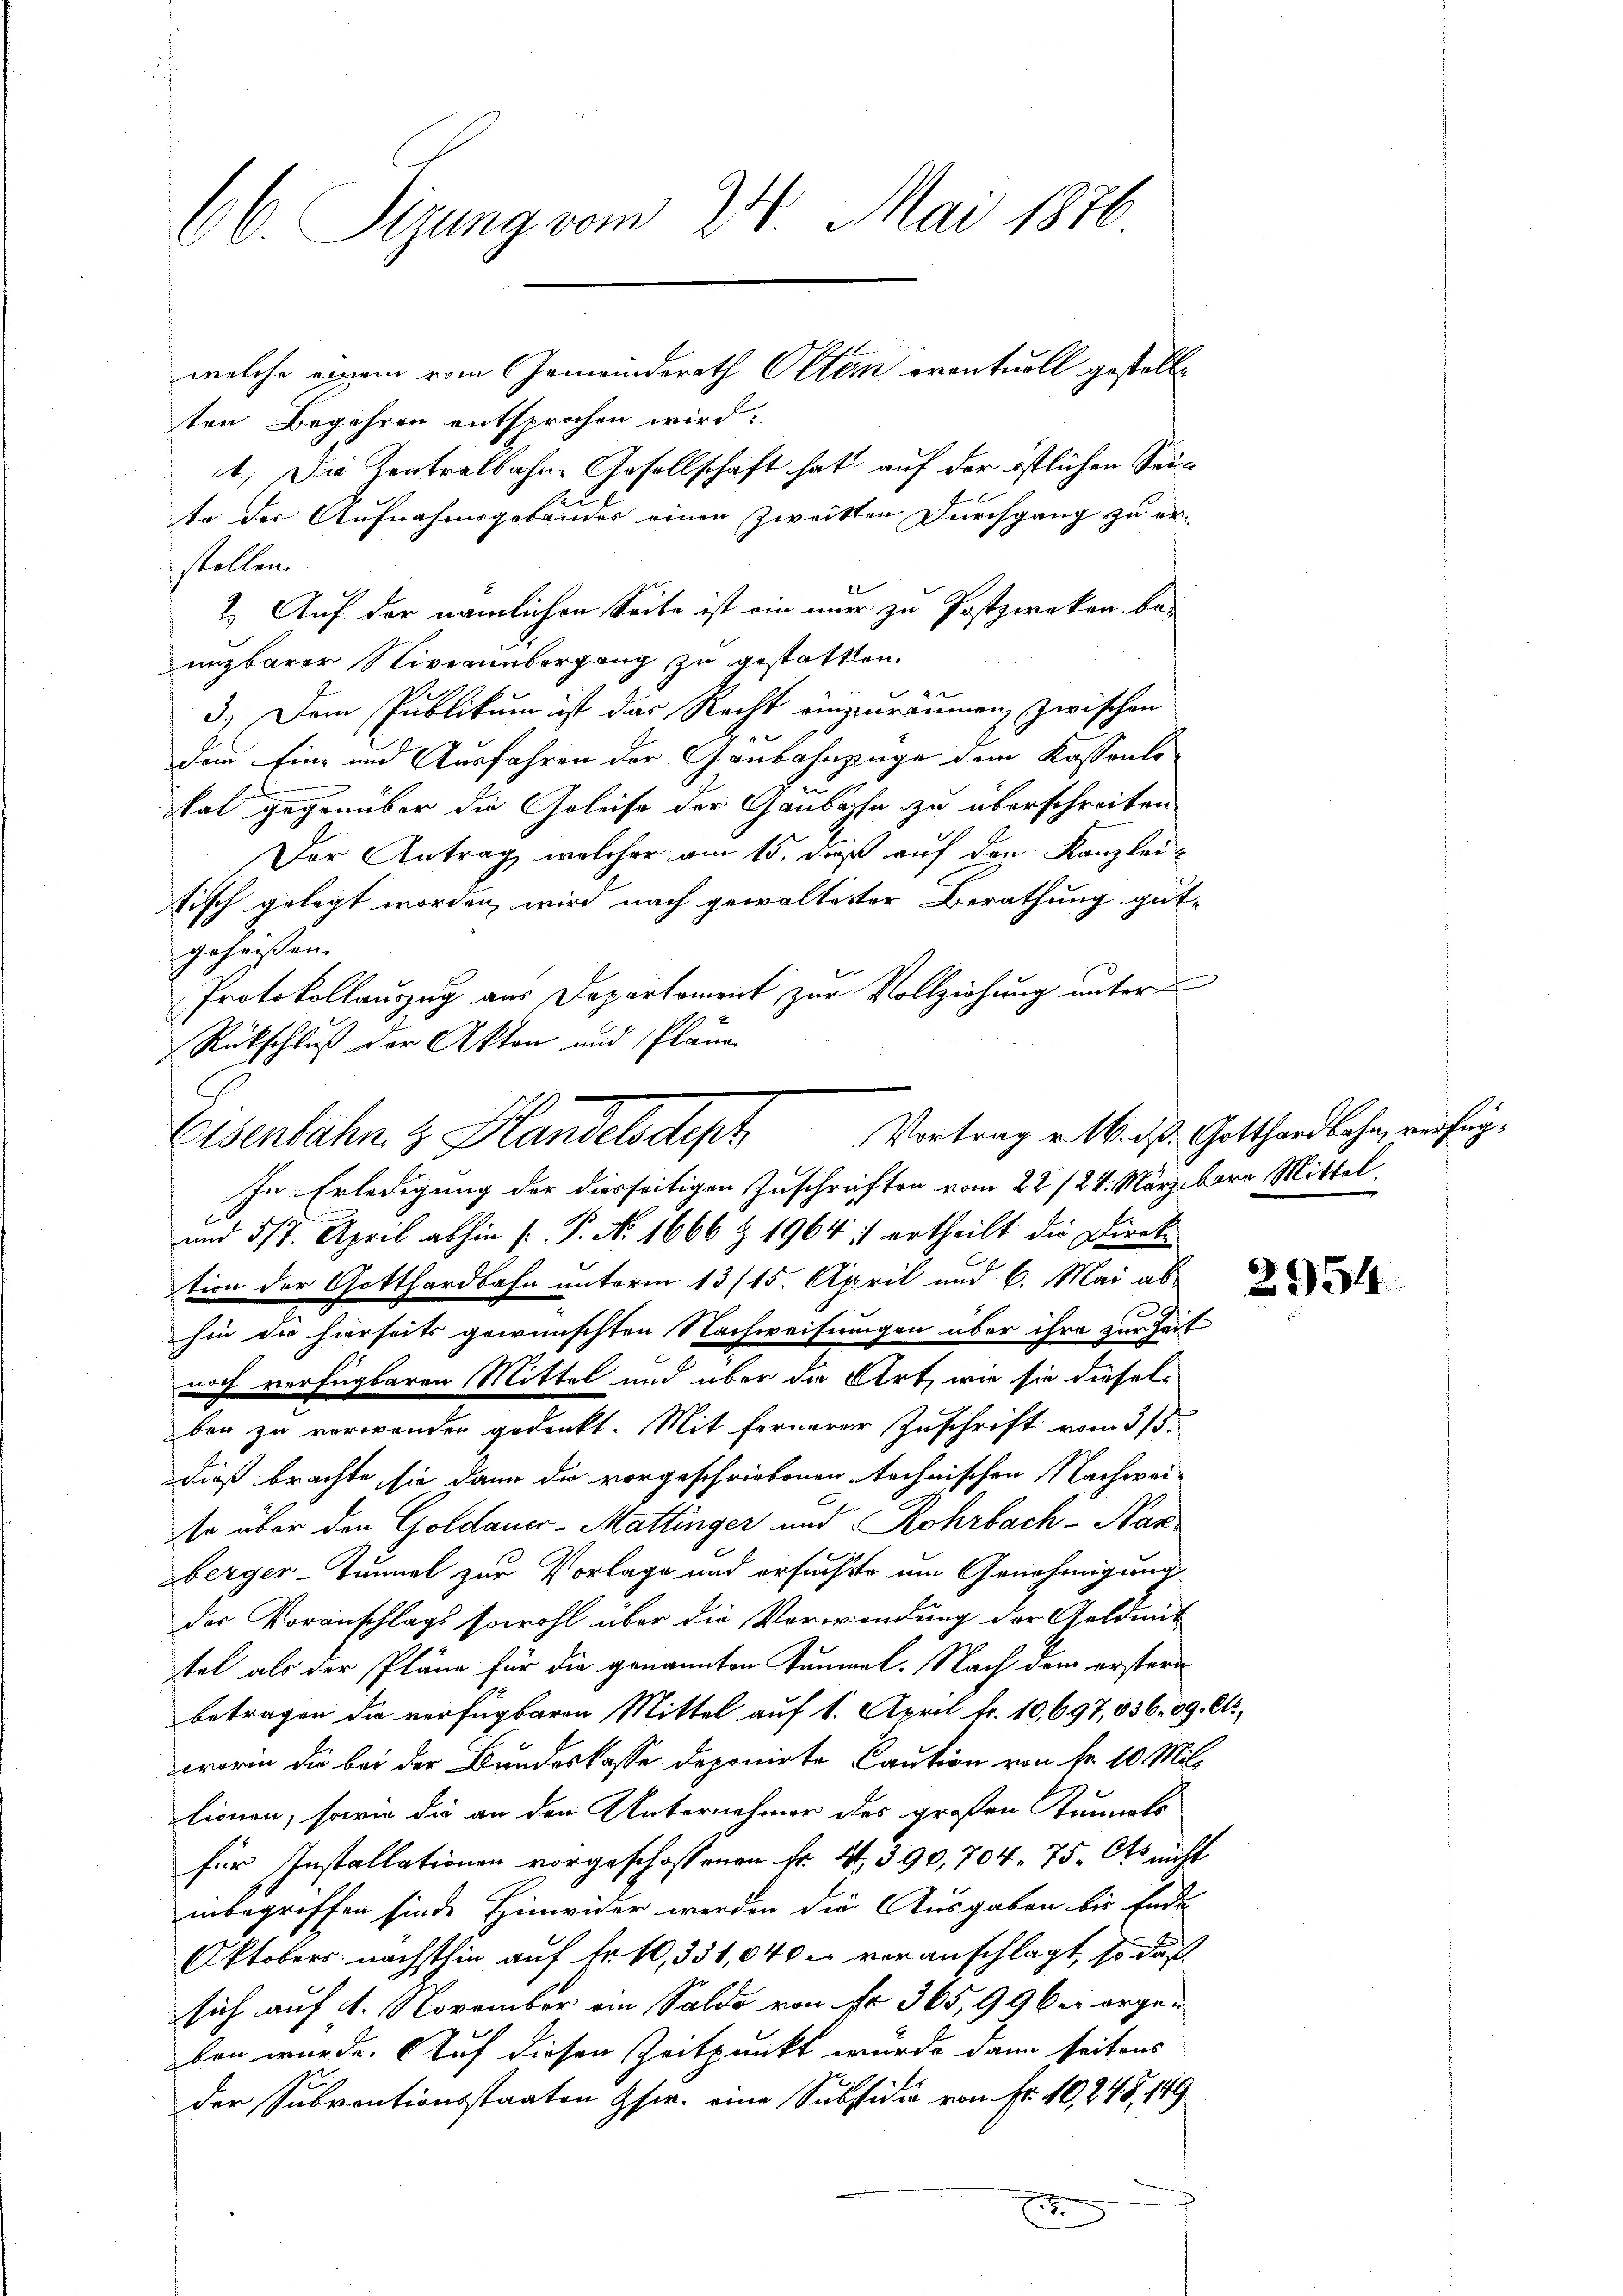
66. Sizung vom 24. Mai 1876

welche einem vom Gemeindsrath Otten eventuell gestelle

Eisenbahn z. Handelsdtyph

ten Begehren entsprochen wird.
1.) Die Zentralbahn-Gesellschaft hat auf der östlichen Seite der Aufnahmsgebäudes einen Zweitten Durchgang zu erstellen.
2.) Auf der nämlichen Seite ist ein immer zu Postzweken be-
unzbarer Niveauübergang zu gestatten.
3.) Dem Publikum ist das Recht einzuräumen zwischen
den Eine und Ausfahren der Ganbahnzüge dem Kassantotat gegenüber die Geleise der Ganböpfe zu überschreiten.
Der Antrag welcher am 15. daß auf den Kanzlei-
tisch gelegt worden, wird nach gewaltester Berathung gut-
geheißen.
Protokollauszug aus Departement zur Vollziehung unter
Rückschluß der Akten und Pläne
In Erledigung der diesseitigen Zuschriften vom 22/24. März bere Mittel,
und 517. April abhin (: P. No. 1666 § 1964 1 ertheilt die Direk
tion der Gotthardbahn unterm 13/15. April und 6. Mai ab-
hin die hierseits gewünschten Nachweisungen über ihre zur Zeit
noch verfügbaren Mittel und über die Art, wie sie dieselben zu verwanden gedenkt. Mit fernerer Zuschrift vom 31.
dieß brachte, sie dann da vorgeschriebenen Rechnischen Nachweiso über den Goldauer-Mattinger und Rohrbach-Nar
berger-Tunnel zur Vorlage und ersuchste um Genehmigung
der Voranschlags sowohl über die Verwendung der Geldmit
tel als der Pläne für die genannten Tümpel. Nach dem erstern
betragen die verfügbaren Mittel auf 1. April fr. 10,697,056. 89. Cts.
worin die bei der Bundeskasse deponirte Caution von fr. 10 Millionen, sowie die an den Unternehmer des großen Stunnels
für Installationen vorgeschossenen Fr. 4, 390, 704. 75. Als nicht
inbegriffen sinde Hinwider werden die Ausgaben bis Ende
Oktobers nächsthin auf Fr. 10,331,040 er veranschlagt, so daß
sich auf 1. November ein Saldo von fr. 365, 99 bei ergeben wurde. Auf diesen Zeitpunkt wurde dann seitens
der Subventionsstaaten Gscr. eine Subsidio von Fr. 10, 248, 149
.

Vortrag v. M. d. Gotthardlohn, verfüg¬

2954